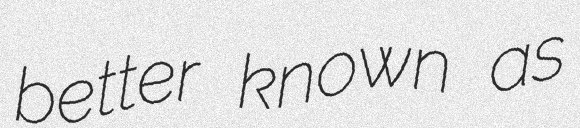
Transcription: better known as